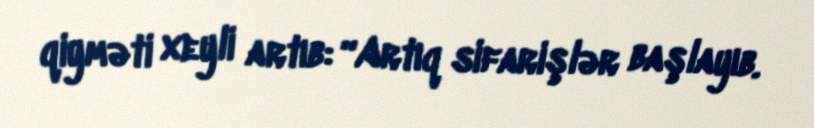
qiyməti xeyli artıb: “Artıq sifarişlər başlayıb.